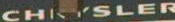
CHRYSLER